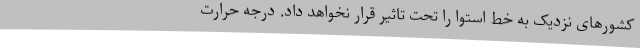
کشورهای نزدیک به خط استوا را تحت تاثیر قرار نخواهد داد. درجه حرارت